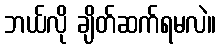
ဘယ်လို ချိတ်ဆက်ရမလဲ။